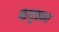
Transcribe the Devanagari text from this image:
कंगुताल